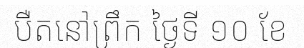
បឺតនៅព្រឹក ថ្ងៃទី ១០ ខែ